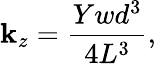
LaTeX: \mathbf{k}_{z}=\frac{{Ywd^{3}}}{{4L^{3}}},